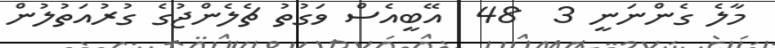
މާލެ ގެންނަނީ 3  48  އޭބީއެސް ވަގުތު ޗެލެންޖުގެ ގުރުއަތުލުން